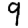
Digit: 9